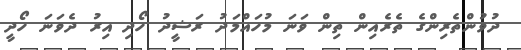
ދުވުންތެރިންގެ ތެރެއިން ތިން ވަނަ މުހައްމަދު ރަޝީދު ހޯދި އިރު ދެވަނަ ހޯދީ